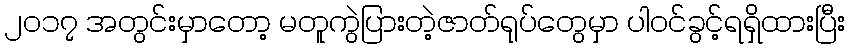
၂၀၁၇ အတွင်းမှာတော့ မတူကွဲပြားတဲ့ဇာတ်ရုပ်တွေမှာ ပါဝင်ခွင့်ရရှိထားပြီး